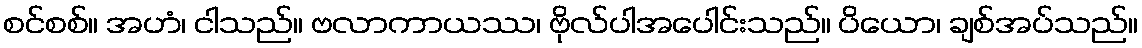
စင်စစ်။ အဟံ၊ ငါသည်။ ဗလာကာယဿ၊ ဗိုလ်ပါအပေါင်းသည်။ ပိယော၊ ချစ်အပ်သည်။